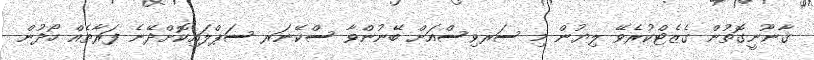
ޤާނޫނީގޮތުން ގެޒެޓްކުރެވޭ ލިޔުން މި ސަރވިސްއަށް ބޭނުންވާ ސްކޭނަރ ސަޕްލައިކޮށްދޭނެ ފަރާތެއް ހޯދުން